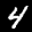
Label: 4